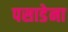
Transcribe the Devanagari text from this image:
पसाडेना